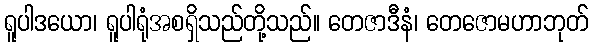
ရူပါဒယော၊ ရူပါရုံအစရှိသည်တို့သည်။ တေဇာဒီနံ၊ တေဇောမဟာဘုတ်